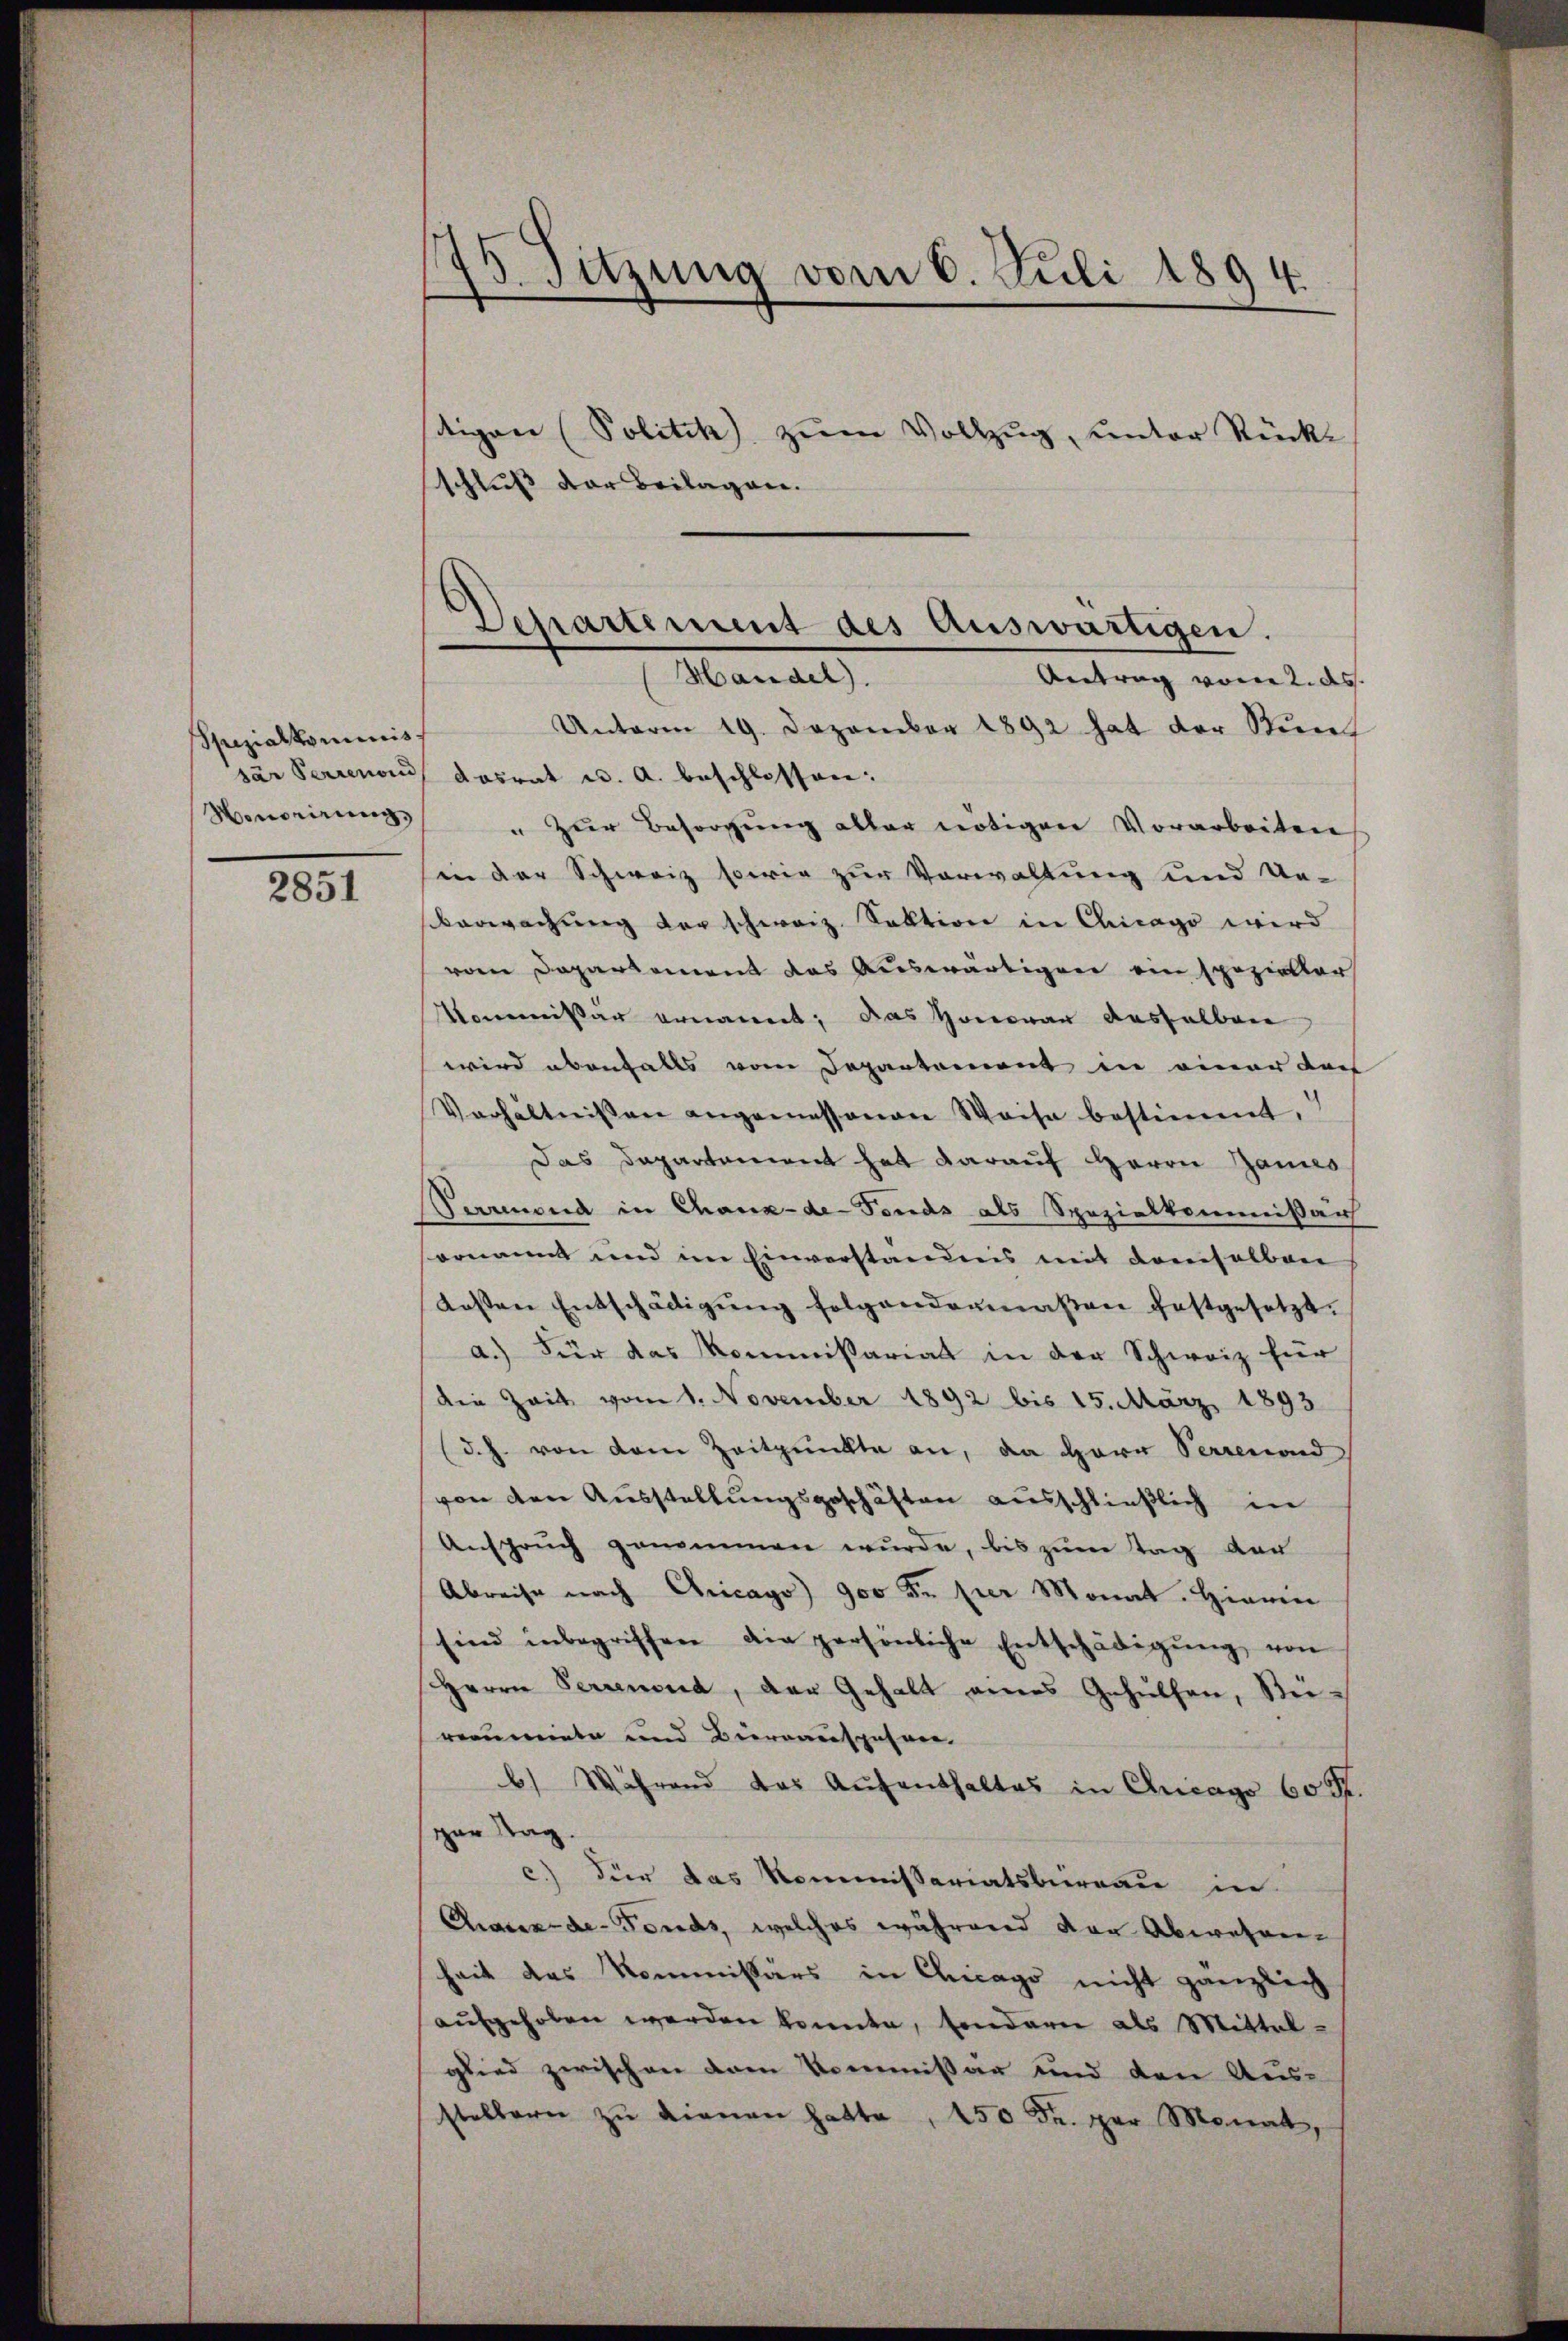
Spezialkominis
sar Perrenon
Honorirung,

2851

75. Sitzung vom 6. Juli 1894.

Dchartement des Auswärtigen.
Mandel
Antrag vom 2. ds.

tigone (Politik zŭm Vollzŭg, unter Rück-
schluß der Beilagen.
Unterm 19. Dezember 1892 hat der Stieren
dasrat u. A. beschlossen:
" zur Besorgung aller nötigen Vorarbeiten
in der Schweiz sowie zur Vorwaltung und Unsverwachung der schwarz Saktion in Chicago wird
vom Departement das Auswärtigen ein spezieller
Kommissär ernannt; das Honorar dasselbere
wird ebenfalls vom Departement in einer doch
Verhältnissen angemessenen Weise bestimmt,
Das Departement hat darauf Herrn James
Perrend in Chaux-de Fends als Spezialkommißar
venannt und im Einverständnis mit demselbare
Kosten Entschädigŭng folgendermaßen festgesetzt.
a.) Für das Kommißariat in der Schweiz für
die Zeit vom 1. November 1892 bis 15. März 1893
(d. h. von dem Zeitpunkte an, da Herr Verrenond
von den Ausstellungsgeschäften ausschließlich in
Ansprŭch genommen wŭrde, bis zŭm Tag von
Abreise nach Chicago 900 Fr. per Monat. Hierin
sind inbegriffen die persönliche Entschädigŭng von
Herrn Perrenond, der Gehalt eines Gehülfen, Steirerumente und Bierrauspühren.
) Während das Aŭfenthaltes in Chicago 60 Rt.
gar Tag
c.) Für das Kommissariatsbüreau in
Chaux-de-Fonds, welches während der Abwehren-
heit das Kommissärs in Chicago nicht gänzlich
aŭfgehoben werden konnte, sondern als Mittel-
glied zwischen vom Kommißär und den Aus-
stellern zŭ dienen hatte, 450 Fr. per Monat,